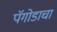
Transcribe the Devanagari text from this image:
पॅगोडाचा